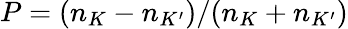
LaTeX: P=(n_{K}-n_{K^{\prime}})/(n_{K}+n_{K^{\prime}})